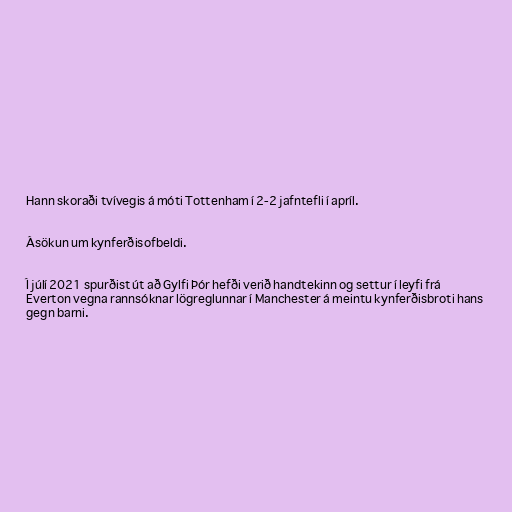
Hann skoraði tvívegis á móti Tottenham í 2-2 jafntefli í apríl.

Ásökun um kynferðisofbeldi.

Í júlí 2021 spurðist út að Gylfi Þór hefði verið handtekinn og settur í leyfi frá
Everton vegna rannsóknar lögreglunnar í Manchester á meintu kynferðisbroti hans
gegn barni.